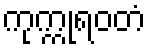
ကုက္ကုရဝတံ